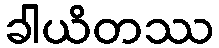
ခါယိတဿ